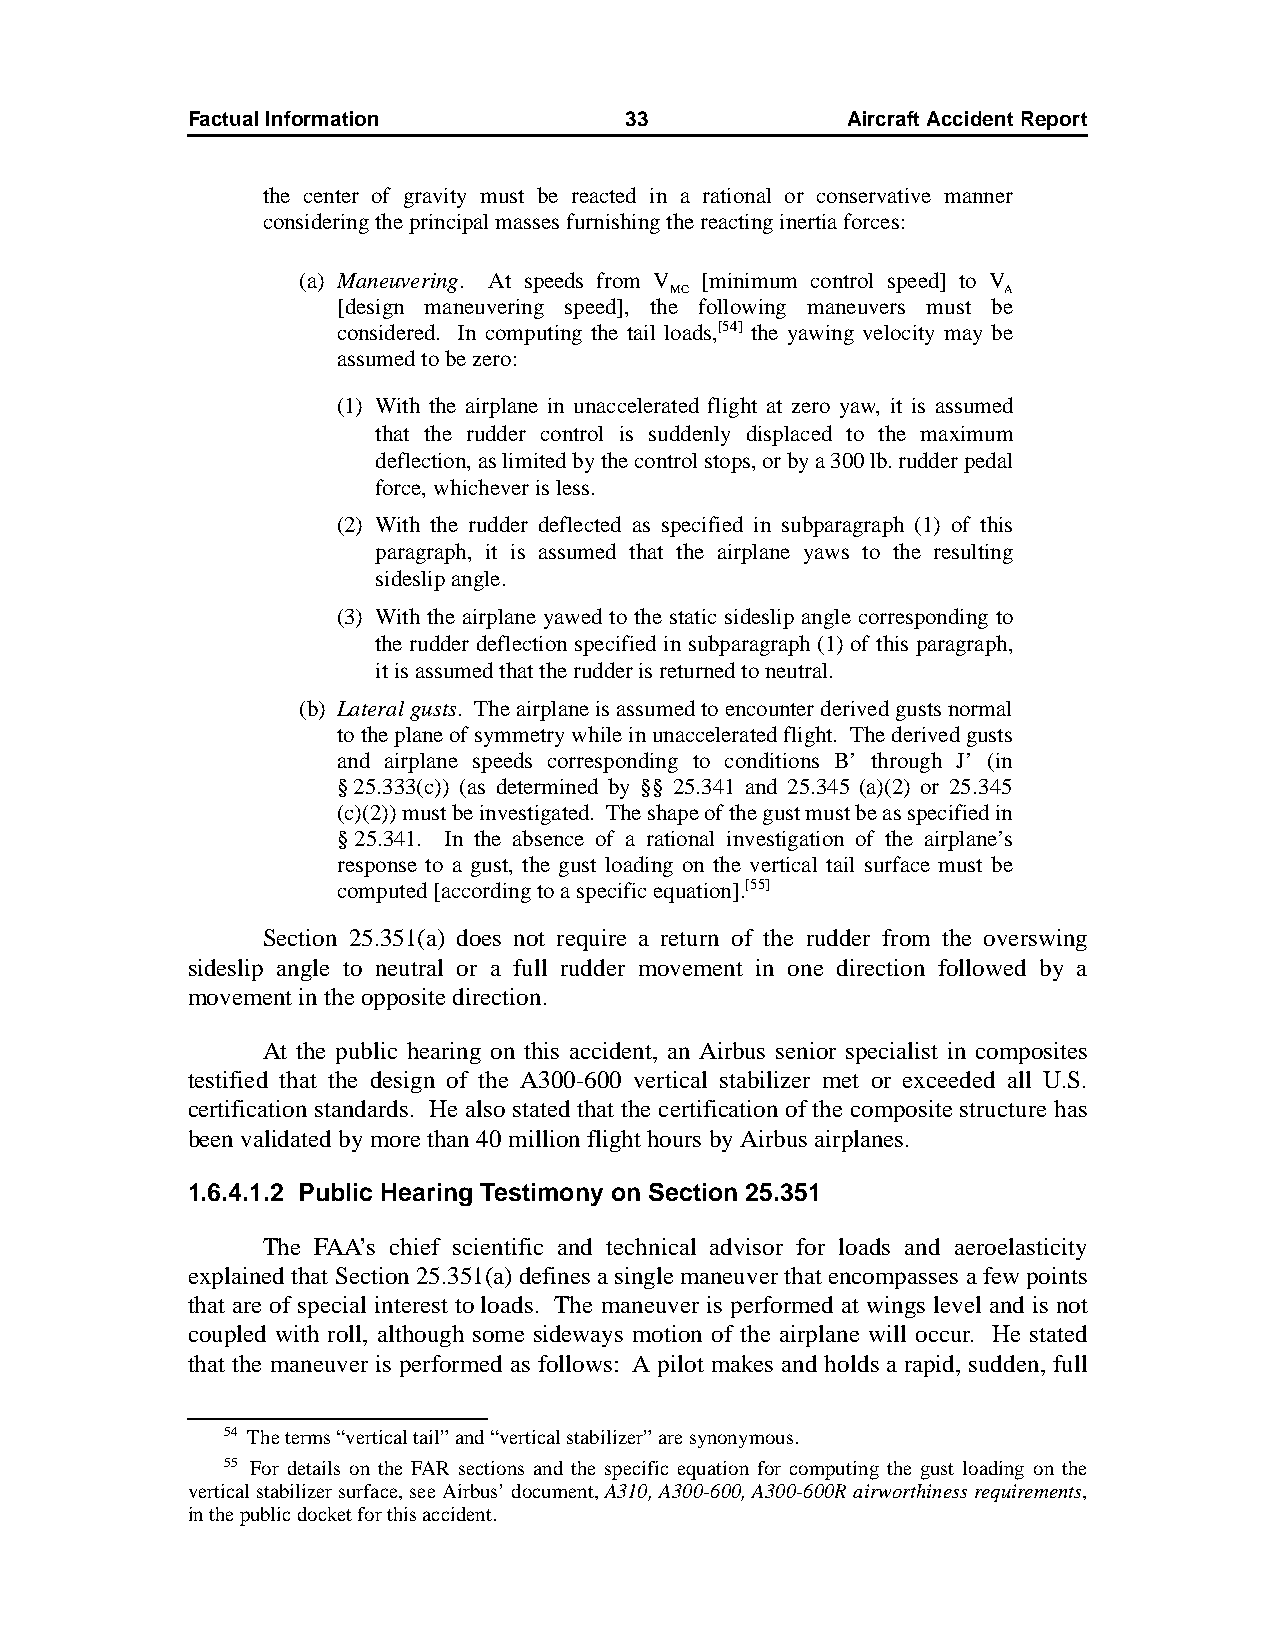
Factual Information          33             AircraftAccidentReport
 the center of gravity must be reacted in a rational or conservative manner
 considering the principal masses furnishing the reacting inertia forces:
 (a) Maneuvering. At speeds from V [minimum control speed] to V
 MC                    A
 [design maneuvering speed], the following maneuvers must be
 considered. In computing the tail loads,[54] the yawing velocity may be
 assumed to be zero:
 (1) With the airplane in unaccelerated flight at zero yaw, it is assumed
 that the rudder control is suddenly displaced to the maximum
 deflection, as limited by the control stops, or by a 300 lb. rudder pedal
 force, whichever is less.
 (2) With the rudder deflected as specified in subparagraph (1) of this
 paragraph, it is assumed that the airplane yaws to the resulting
 sideslip angle.
 (3) With the airplane yawed to the static sideslip angle corresponding to
 the rudder deflection specified in subparagraph (1) of this paragraph,
 it is assumed that the rudder is returned to neutral.
 (b) Lateral gusts. The airplane is assumed to encounter derived gusts normal
 to the plane of symmetry while in unaccelerated flight. The derived gusts
 and airplane speeds corresponding to conditions B’ through J’ (in
 §25.333(c)) (as determined by §§ 25.341 and 25.345 (a)(2) or 25.345
 (c)(2)) must be investigated. The shape of the gust must be as specified in
 §25.341. In the absence of a rational investigation of the airplane’s
 response to a gust, the gust loading on the vertical tail surface must be
 computed [according to a specific equation].[55]
 Section 25.351(a) does not require a return of the rudder from the overswing
 sideslip angle to neutral or a full rudder movement in one direction followed by a
 movement in the opposite direction.
 At the public hearing on this accident, an Airbus senior specialist in composites
 testified that the design of the A300-600 vertical stabilizer met or exceeded all U.S.
 certification standards. He also stated that the certification of the composite structure has
 been validated by more than 40 million flight hours by Airbus airplanes.
 1.6.4.1.2 Public Hearing Testimony on Section 25.351
 The FAA’s chief scientific and technical advisor for loads and aeroelasticity
 explained that Section 25.351(a) defines a single maneuver that encompasses a few points
 that are of special interest to loads. The maneuver is performed at wings level and is not
 coupled with roll, although some sideways motion of the airplane will occur. He stated
 that the maneuver is performed as follows: A pilot makes and holds a rapid, sudden, full
 54 The terms “vertical tail” and “vertical stabilizer” are synonymous.
 55 For details on the FAR sections and the specific equation for computing the gust loading on the
 vertical stabilizer surface, see Airbus’ document, A310, A300-600, A300-600R airworthiness requirements,
 in the public docket for this accident.